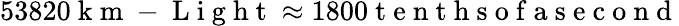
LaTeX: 53820\mathrm{~k~m~-~L~i~g~h~t~}\approx 1800\mathrm{~t~e~n~t~h~s~o~f~a~s~e~c~o~n~d~}